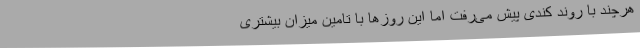
هرچند با روند کندی پیش می‌رفت اما این روزها با تامین میزان بیشتری